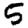
Digit: 5